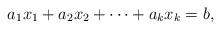
LaTeX: \begin{align*}a_1x_1+a_2x_2+\cdots+a_kx_k=b,\end{align*}